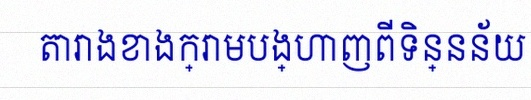
តារាងខាងក្រោមបង្ហាញពីទិន្នន័យ